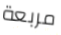
مربعة